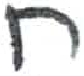
אות: ח